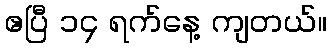
ဧပြီ ၁၄ ရက်နေ့ ကျတယ်။